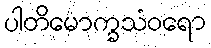
ပါတိမောက္ခသံဝရော